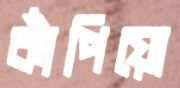
কাঁপিয়ো